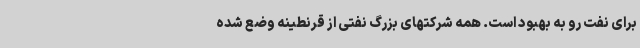
برای نفت رو به بهبود است. همه شرکتهای بزرگ نفتی از قرنطینه وضع شده